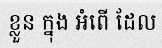
ខ្លួន ក្នុង ឣំពើ ដែល